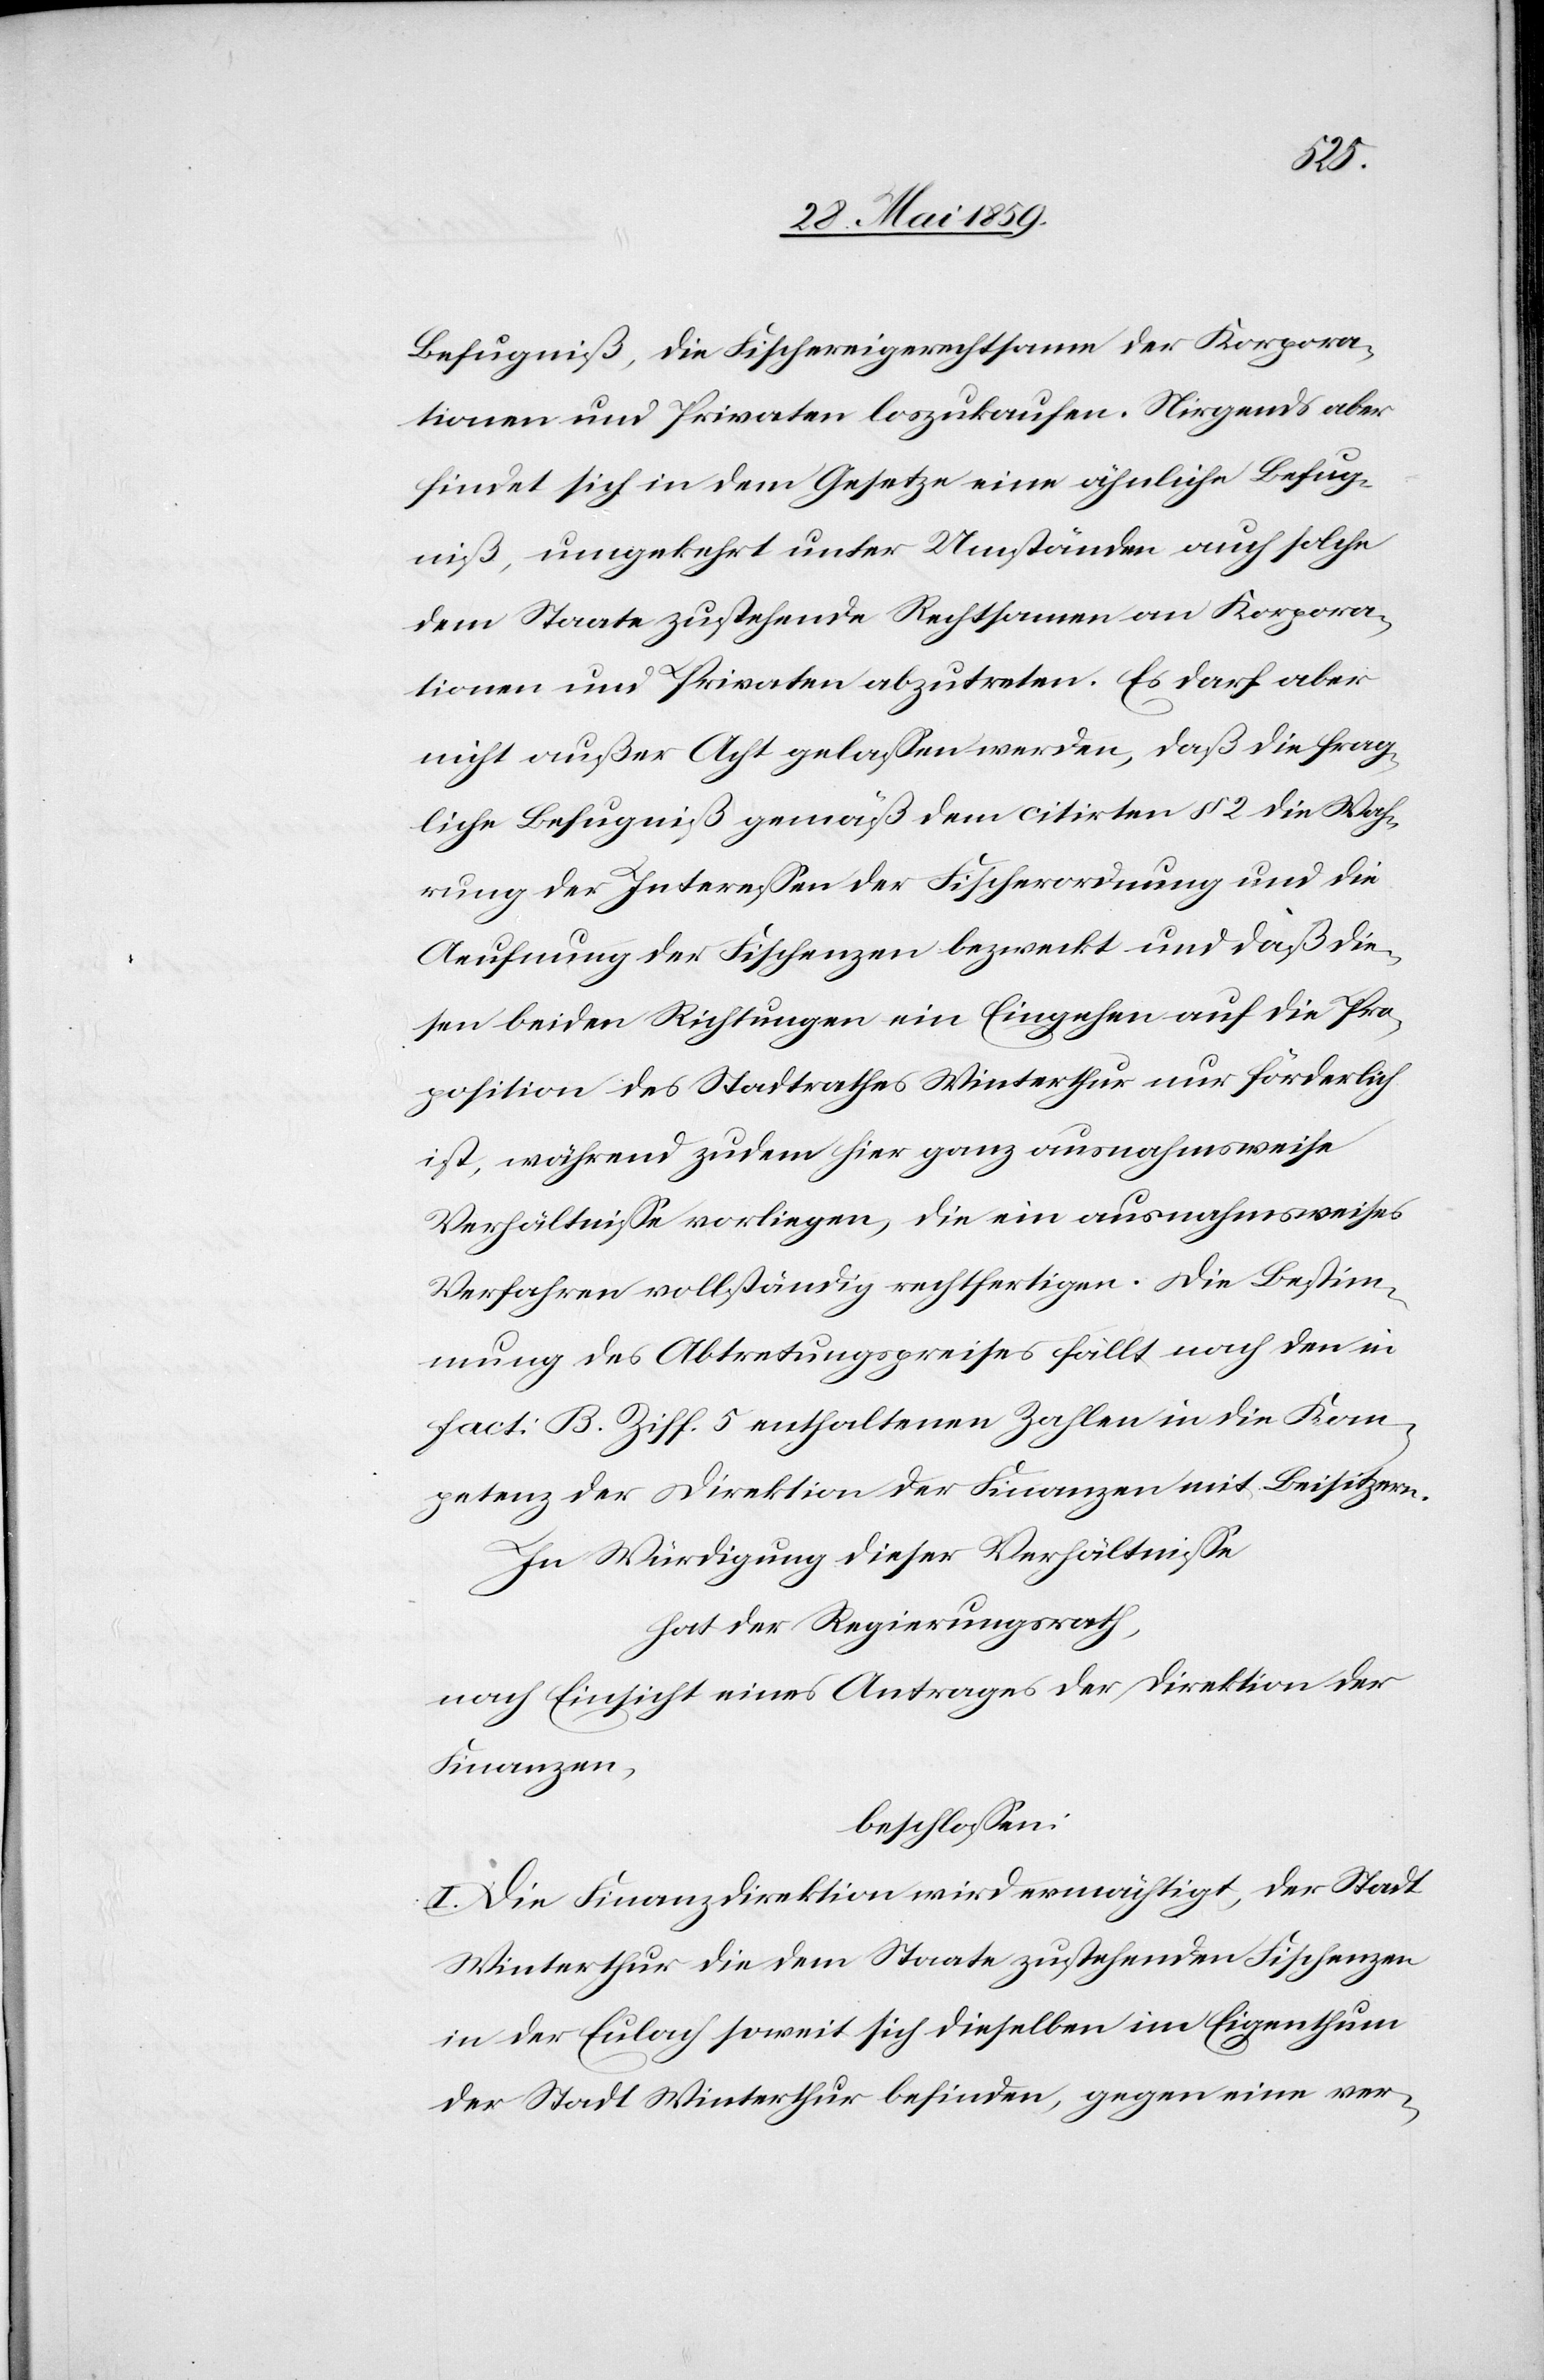
Befugniß, die Fischereigerechtsame der Korpora¬
tionen und Privaten loszukaufen. Nirgends aber
findet sich in dem Gesetze eine ähnliche Befug¬
niß, umgekehrt unter Umständen auch solche
dem Staate zustehende Rechtsamen an Korpora¬
tionen und Privaten abzutreten. Es darf aber
nicht außer Acht gelassen werden, daß die frag¬
liche Befugniß gemäß dem citirten § 2 die Wah¬
rung der Interessen der Fischerordnung und die
Aeufnung der Fischenzen bezweckt und daß die¬
sen beiden Richtungen ein Eingehen auf die Pro¬
position des Stadtrathes Winterthur nur förderlich
ist, während zudem hier ganz ausnahmsweise
Verhältnisse vorliegen, die ein ausnahmsweises
Verfahren vollständig rechtfertigen. Die Bestim¬
mung des Abtretungspreises fällt noch den in
fact. B. Ziff. 5 enthaltenen Zahlen in die Kom¬
petenz der Direktion der Finanzen mit Beisitzern.
In Würdigung dieser Verhältnisse
hat der Regierungsrath,
nach Einsicht eines Antrages der Direktion der
Finanzen,
beschlossen:
I. Die Finanzdirektion wird ermächtigt, der Stadt
Winterthur die dem Staate zustehenden Fischenzen
in der Eulach soweit sich dieselben im Eigenthum
der Stadt Winterthur befinden, gegen eine ver-